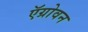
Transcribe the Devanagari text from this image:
ऍग्रोवन